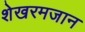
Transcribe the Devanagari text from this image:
शेखरमजान